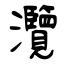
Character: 灠